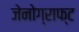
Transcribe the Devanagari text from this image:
जेनोग्राफ्ट